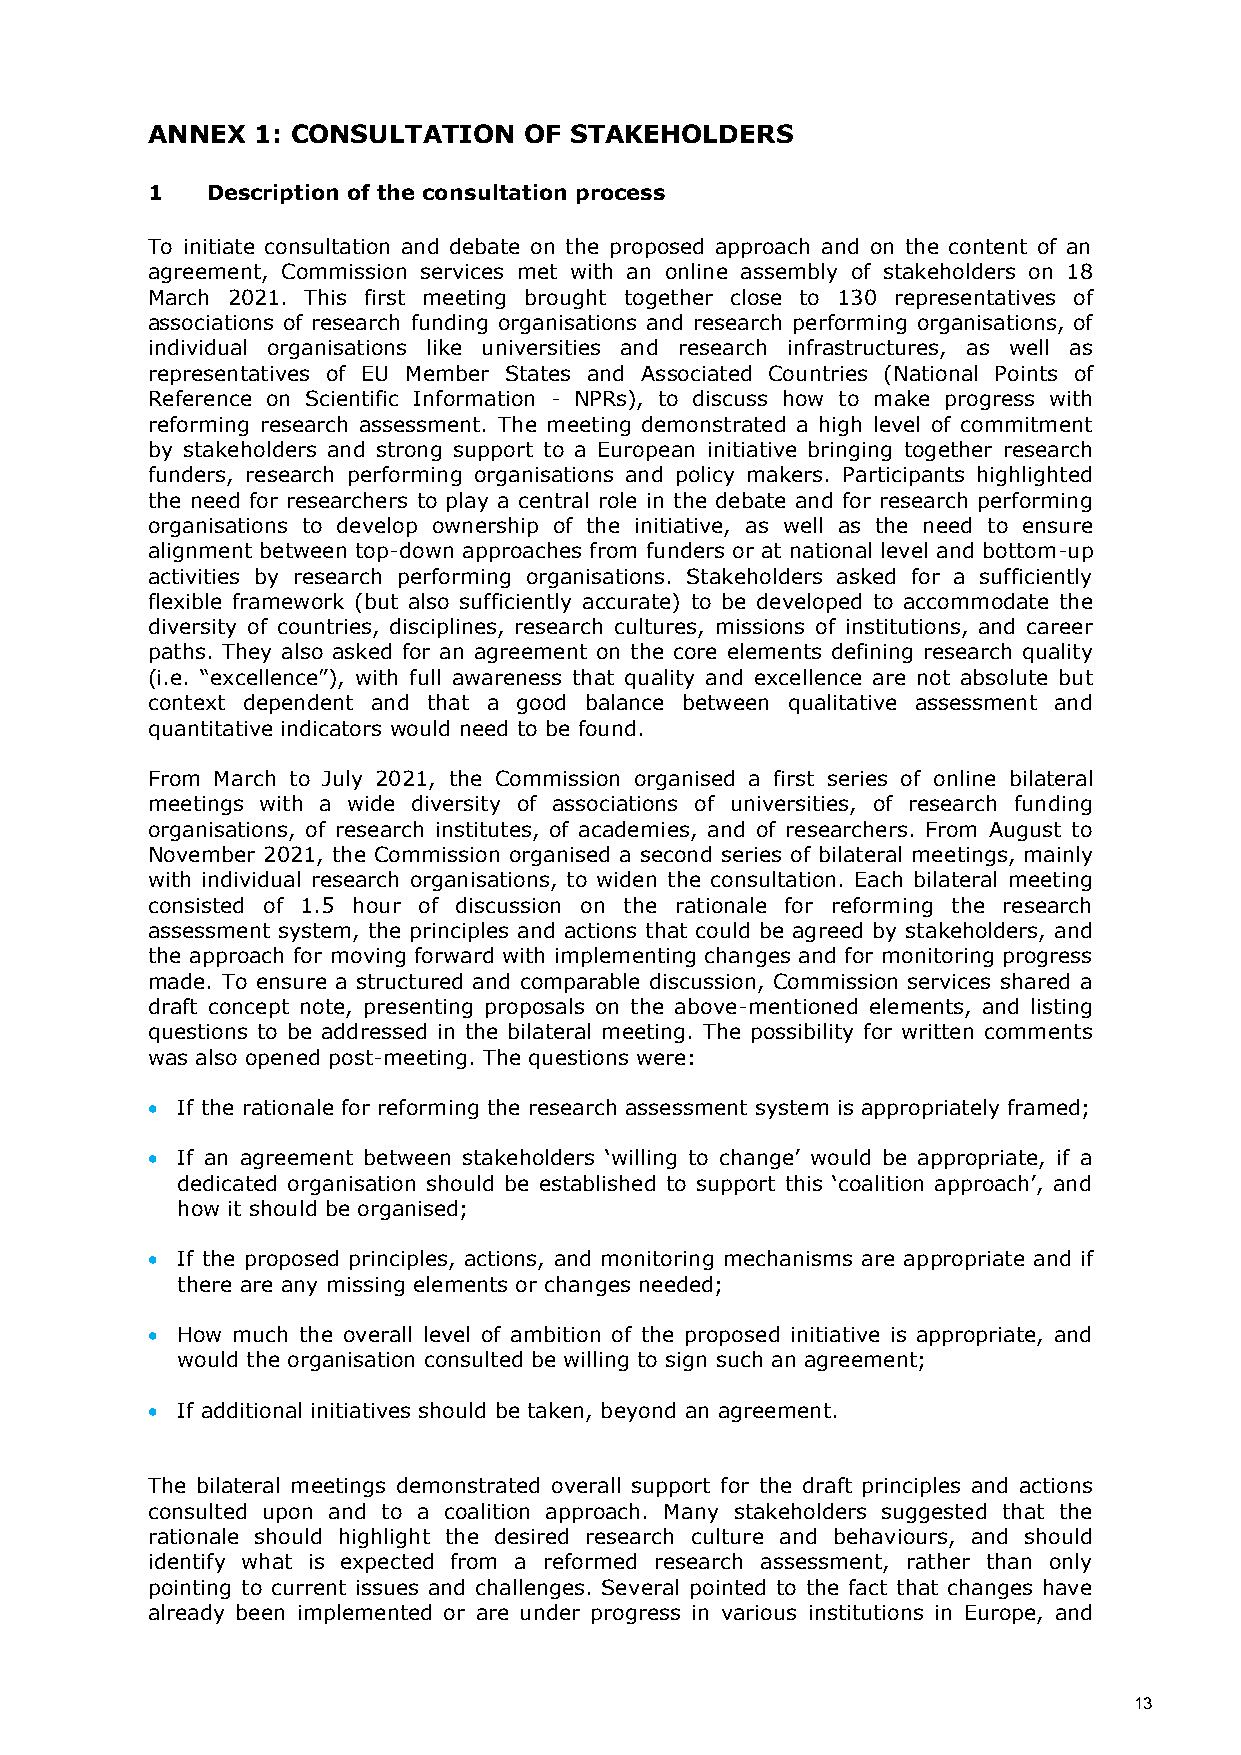
ANNEX  1: CONSULTATION   OF STAKEHOLDERS
 1   Description of the consultation process
 To initiate consultation and debate on the proposed approach and on the content of an
 agreement, Commission services met with an online assembly of stakeholders on 18
 March 2021. This first meeting brought together close to 130 representatives of
 associations of research funding organisations and research performing organisations, of
 individual organisations like universities and research infrastructures, as well as
 representatives of EU Member States and Associated Countries (National Points of
 Reference on Scientific Information - NPRs), to discuss how to make progress with
 reforming research assessment. The meeting demonstrated a high level of commitment
 by stakeholders and strong support to a European initiative bringing together research
 funders, research performing organisations and policy makers. Participants highlighted
 the need for researchers to play a central role in the debate and for research performing
 organisations to develop ownership of the initiative, as well as the need to ensure
 alignment between top-down approaches from funders or at national level and bottom-up
 activities by research performing organisations. Stakeholders asked for a sufficiently
 flexible framework (but also sufficiently accurate) to be developed to accommodate the
 diversity of countries, disciplines, research cultures, missions of institutions, and career
 paths. They also asked for an agreement on the core elements defining research quality
 (i.e. “excellence”), with full awareness that quality and excellence are not absolute but
 context dependent and that a good balance between qualitative assessment and
 quantitative indicators would need to be found.
 From March to July 2021, the Commission organised a first series of online bilateral
 meetings with a wide diversity of associations of universities, of research funding
 organisations, of research institutes, of academies, and of researchers. From August to
 November 2021, the Commission organised a second series of bilateral meetings, mainly
 with individual research organisations, to widen the consultation. Each bilateral meeting
 consisted of 1.5 hour of discussion on the rationale for reforming the research
 assessment system, the principles and actions that could be agreed by stakeholders, and
 the approach for moving forward with implementing changes and for monitoring progress
 made. To ensure a structured and comparable discussion, Commission services shared a
 draft concept note, presenting proposals on the above-mentioned elements, and listing
 questions to be addressed in the bilateral meeting. The possibility for written comments
 was also opened post-meeting. The questions were:
  If the rationale for reforming the research assessment system is appropriately framed;
  If an agreement between stakeholders ‘willing to change’ would be appropriate, if a
 dedicated organisation should be established to support this ‘coalition approach’, and
 how it should be organised;
  If the proposed principles, actions, and monitoring mechanisms are appropriate and if
 there are any missing elements or changes needed;
  How much the overall level of ambition of the proposed initiative is appropriate, and
 would the organisation consulted be willing to sign such an agreement;
  If additional initiatives should be taken, beyond an agreement.
 The bilateral meetings demonstrated overall support for the draft principles and actions
 consulted upon and to a coalition approach. Many stakeholders suggested that the
 rationale should highlight the desired research culture and behaviours, and should
 identify what is expected from a reformed research assessment, rather than only
 pointing to current issues and challenges. Several pointed to the fact that changes have
 already been implemented or are under progress in various institutions in Europe, and
 13